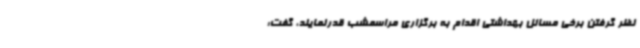
نظر گرفتن برخی مسائل بهداشتی اقدام به برگزاری مراسمشب قدرنمایند، گفت: